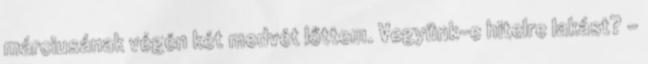
márciusának végén két medvét lőttem. Vegyünk-e hitelre lakást? -